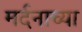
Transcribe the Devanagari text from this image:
मर्दनाच्या